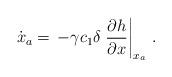
LaTeX: \begin{align*}\dot{{x}}_a = \, -\gamma c_1 \delta \left.\dfrac{\partial h}{\partial x}\right|_{{x}_a}\,. \end{align*}